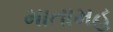
માતામહ